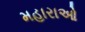
મહારાઓ